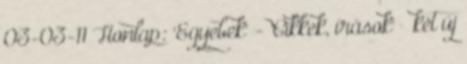
03-03-11 Honlap: 'Egyebek' - 'Cikkek, írások' » két új